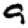
Digit: 9